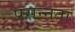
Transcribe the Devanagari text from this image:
प्रसन्‍नता